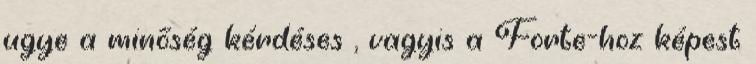
ugye a minőség kérdéses , vagyis a Forte-hoz képest